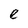
Character: e